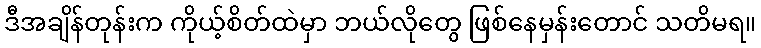
ဒီအချိန်တုန်းက ကိုယ့်စိတ်ထဲမှာ ဘယ်လိုတွေ ဖြစ်နေမှန်းတောင် သတိမရ။